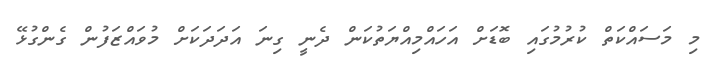
މި މަސައްކަތް ކުރުމުގައި ބޮޑަށް އަހައްމިއްޔަތުކަން ދެނީ ގިނަ އަދަދަކަށް މުވައްޒަފުން ގެންގުޅޭ